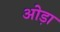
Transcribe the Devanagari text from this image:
ओड़ा